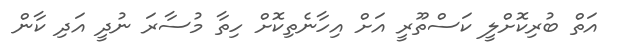
އަތް ބުރިކޮށްލީ ކަސްތޫރީ އަށް އިހާނެތިކޮށް ހިތާ މުސާރަ ނުދީ އަދި ކާން